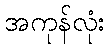
အကုန်လုံး